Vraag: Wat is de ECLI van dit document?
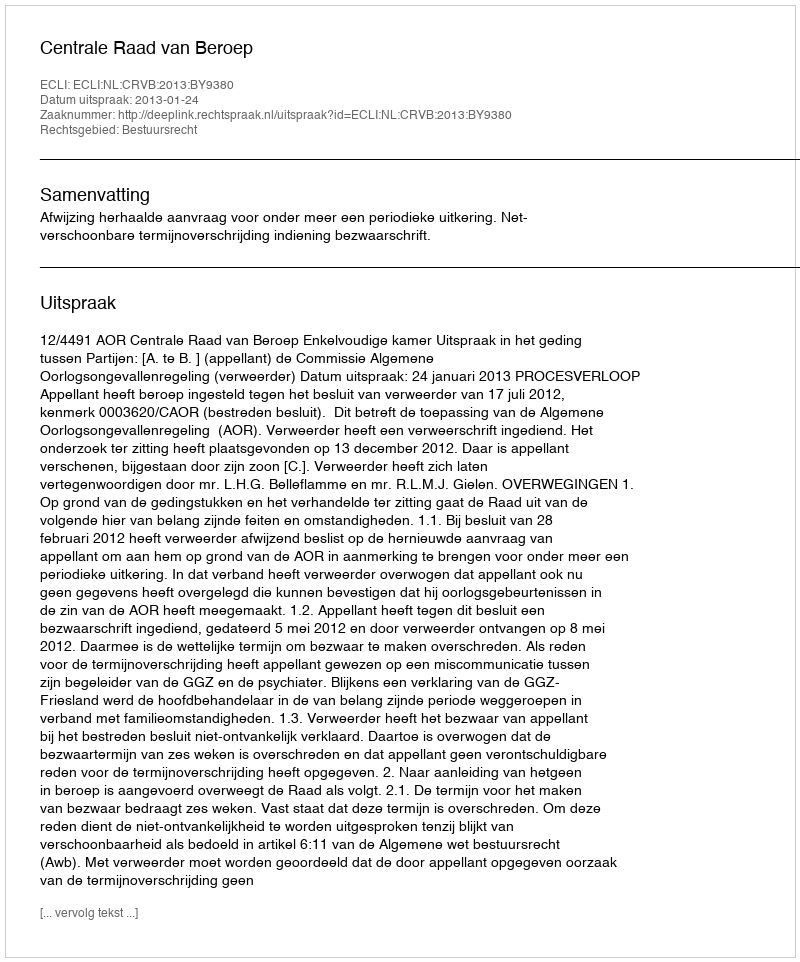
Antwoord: ECLI:NL:CRVB:2013:BY9380